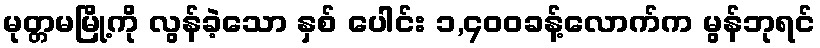
မုတ္တမမြို့ကို လွန်ခဲ့သော နှစ် ပေါင်း ၁,၄၀၀ခန့်လောက်က မွန်ဘုရင်